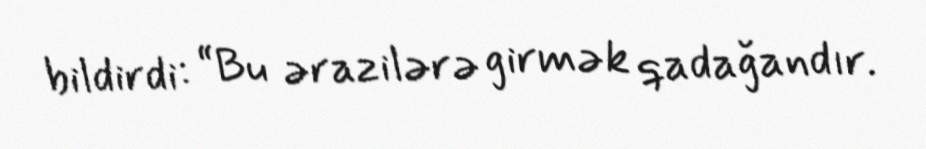
bildirdi: “Bu ərazilərə girmək qadağandır.